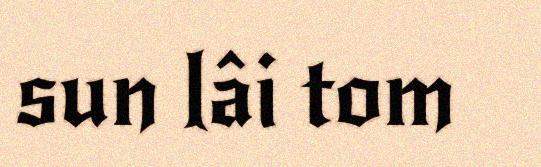
sun lâi tom